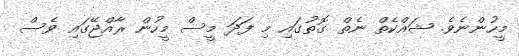
މީހުންނެވެ. ޝައްކެތް ނެތް ގޮތުގައި މި ފަދަ މީސް މީހުން ރާއްޖޭގައި ވެސް